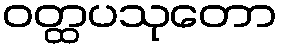
ဝတ္ထပသုတော